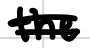
Text: the
Cross-out: mix
Writing tool: digital_black